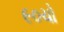
૯૦ચો